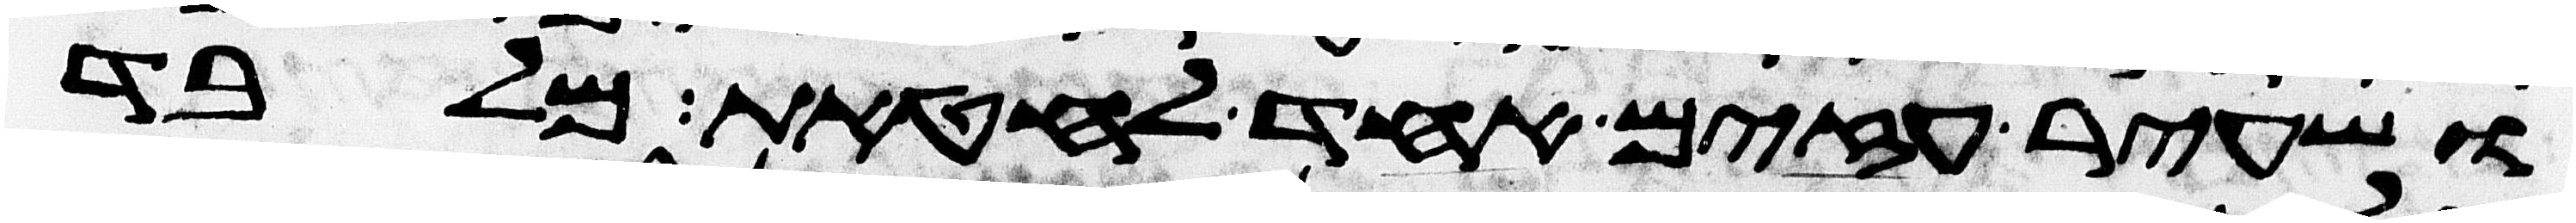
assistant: ושעיר עזים אחד לחטאת מלבד